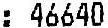
: 46640